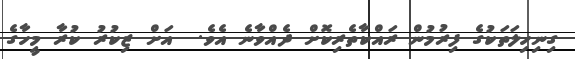
ގިނިހިލަތަކުގެ ފިރުމުން ރައްކާތެރިކޮށް ދެއްވާނެ އެވެ.  އަށް ޒިކުރު ކުރާ މީހާގެ